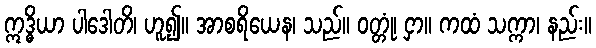
ဣဒ္ဓိယာ ပါဒေါတိ၊ ဟူ၍။ အာစရိယေန၊ သည်။ ဝတ္တုံ၊ ငှာ။ ကထံ သက္ကာ၊ နည်း။